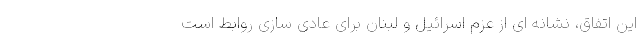
این اتفاق، نشانه ای از عزم اسرائیل و لبنان برای عادی سازی روابط است